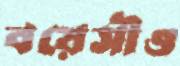
বয়েসীও